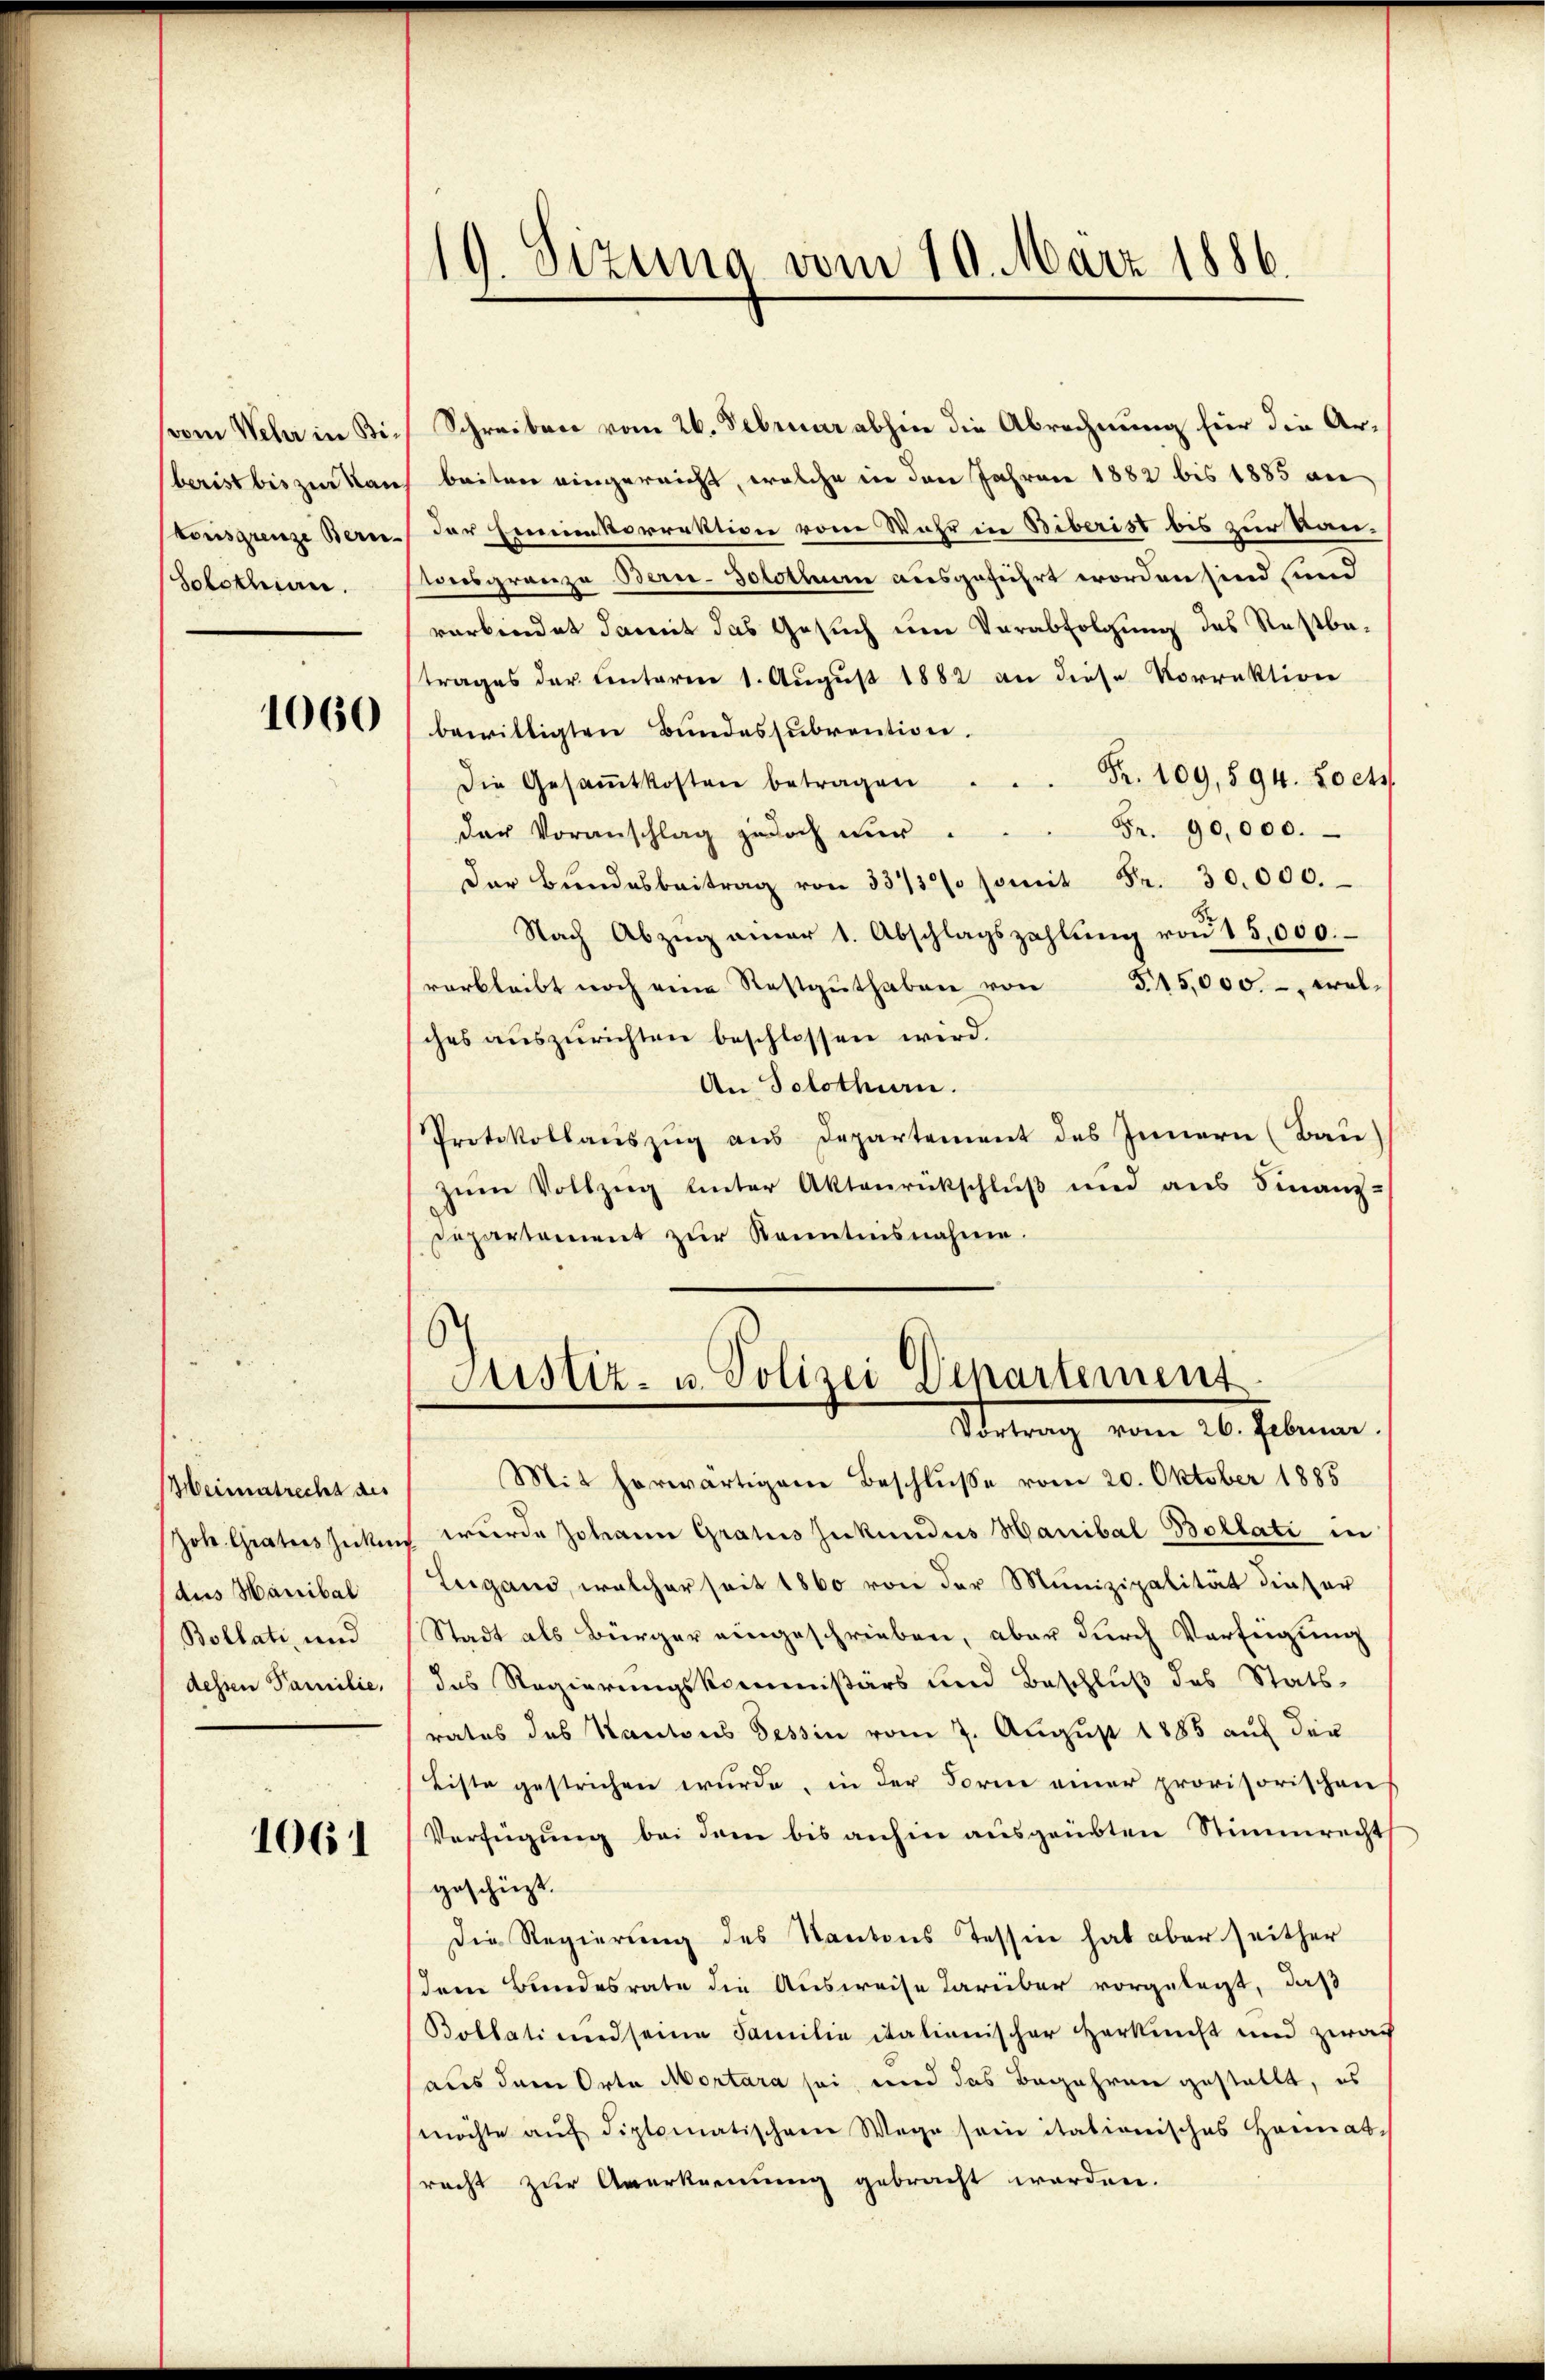
(vom Wehr in Biberist bis zur Kan
tonsgrenze Bern
Solotheien.

1060

Meinenstrecht des
Joh. Grates Zucken
dus Hanibal
Bollati, und
dessen Familie,

1061

19. Sizung vom 10. März 1886.

Schreiben vom 26. Februar abhin die Abrechnung hier die Arbeiten eingereicht, welche in den Jahren 1882 bis 1885 an
der Emmenkorrektion vom Wahr in Biberist bis zur Kanwesgrenze Berie-Solothur ausgeführt worden sind und
verbindet damit das Gesuch um Verabfolgung des Restbetrages der Einteren 1. August 1882 an diese Vorrektion
bewilligten Bundessubvention.
Fr. 109, 594. Loch
Die Gesammtkosten betragen
Fr. 90,000.
der Voranschlag jedoch nur.
der Bŭndesbeitrag von 3 Fr. 30000.
Nach Abzŭg einer 1. Abschlagszahlŭng von 15,000.
verbleibt noch eine Restgŭthaben von 515,000.- wolsches aŭszŭrichten beschlossen wird.
An Solothurn.
Protokollauszug aus Departement des Innern (Bau)
zum Vollzug hinter Aktenrückschluß und aus Finanz-
Departement zur Kenntnisnahme.
Justiz- u. Polizei Departement
Sterung vom 26. Februar
Mit herwärtigem Beschluße vom 20. Oktober 1885
wurde Johann Gratus Zukundus Hanibal-Bollati in
Lugand, welcher seit 1860 von der Munizipalität dieser
Stadt als Bürger eingeschrieben, aber durch Verfügung
das Regierungskommissärs und Beschlŭβ des Stats-
rates des Kantons Tessin vom 7. August 1885 auf der
Liste gestrichen wurde, in der Forme einer provisorischen
Verfügung bei dem bis anhin ausgeübten Stimmrecht
geschüzt.
Die Regierung des Kantons Tessin hat aber seither
dem Bundesrate die Ausweise darüber vorgelegt, daß
Bollatine seine Familie italianischer Herkunft und zwa
aus dem Orte Mortara sei, und das Begehren gestellt, es
möchte aŭf diplomatischem Wege sein itationisches Heimat-
srecht zur Anerkennung gebracht worden.